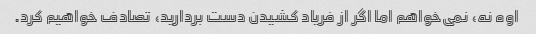
اوه نه، نمی‌خواهم اما اگر از فریاد کشیدن دست بردارید، تصادف خواهیم کرد.